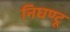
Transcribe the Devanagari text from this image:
निघण्टू